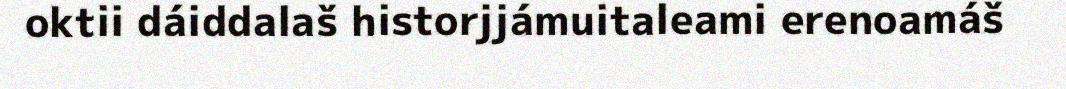
oktii dáiddalaš historjjámuitaleami erenoamáš